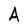
Character: A